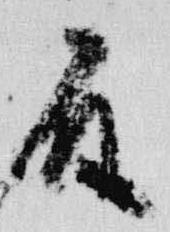
殿